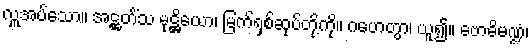
လှူအပ်သော။ အဋ္ဌတိံသ မုဋ္ဌိယော၊ မြက်ရှစ်ဆုပ်တို့ကို။ ဂဟေတွာ၊ ယူ၍။ ဗောဓိမဏ္ဍံ၊